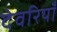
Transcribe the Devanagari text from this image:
देवरियाँ